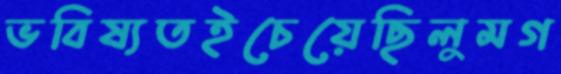
ভবিষ্যতইচেয়েছিলুমগ